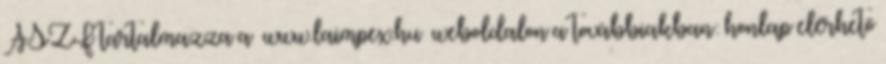
ÁSZF tartalmazza a www.laimpex.hu weboldalon a továbbiakban: honlap elérhető